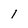
Character: 1